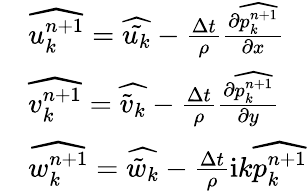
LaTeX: \begin{array}{rl}&{\widehat{u_{k}^{n+1}}=\widehat{\tilde{u_{k}}}-\frac{\Delta t}{\rho}\frac{\partial\widehat{p_{k}^{n+1}}}{\partial x}}\\ &{\widehat{v_{k}^{n+1}}=\widehat{\tilde{v}_{k}}-\frac{\Delta t}{\rho}\frac{\partial\widehat{p_{k}^{n+1}}}{\partial y}}\\ &{\widehat{w_{k}^{n+1}}=\widehat{\tilde{w}_{k}}-\frac{\Delta t}{\rho}\mathrm{i}k\widehat{p_{k}^{n+1}}}\end{array}